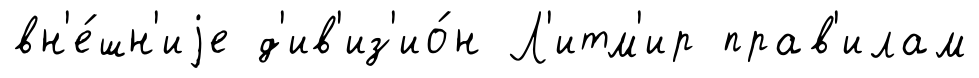
вн'е́шн'иjе д'ив'из'ио́н Л'итм'ир прав'илам